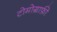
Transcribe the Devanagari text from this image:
टोमोग्राफ़ी